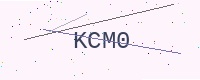
Text: KCM0